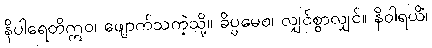
နိပါရေတိဣဝ၊ ဖျောက်သကဲ့သို့။ ခိပ္ပမေဝ၊ လျှင်စွာလျှင်။ နိဝါရယိံ၊